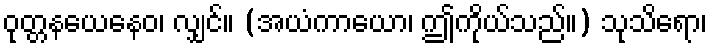
ဝုတ္တနယေနေဝ၊ လျှင်။ (အယံကာယော၊ ဤကိုယ်သည်။) သုသိရော၊